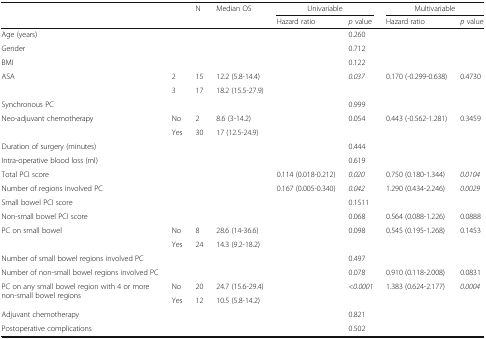
<table><thead><tr><td colspan="2" rowspan="2">[EMPTY_CELL]</td><td rowspan="2"><b>N</b></td><td rowspan="2"><b>Median OS</b></td><td colspan="2"><b>Univariable</b></td><td colspan="2"><b>Multivariable</b></td></tr><tr><td><b>Hazard ratio</b></td><td><b><i>p</i> value</b></td><td><b>Hazard ratio</b></td><td><b><i>p</i> value</b></td></tr></thead><tbody><tr><td>Age (years)</td><td>[EMPTY_CELL]</td><td>[EMPTY_CELL]</td><td>[EMPTY_CELL]</td><td>[EMPTY_CELL]</td><td>0.260</td><td>[EMPTY_CELL]</td><td>[EMPTY_CELL]</td></tr><tr><td>Gender</td><td>[EMPTY_CELL]</td><td>[EMPTY_CELL]</td><td>[EMPTY_CELL]</td><td>[EMPTY_CELL]</td><td>0.712</td><td>[EMPTY_CELL]</td><td>[EMPTY_CELL]</td></tr><tr><td>BMI</td><td>[EMPTY_CELL]</td><td>[EMPTY_CELL]</td><td>[EMPTY_CELL]</td><td>[EMPTY_CELL]</td><td>0.122</td><td>[EMPTY_CELL]</td><td>[EMPTY_CELL]</td></tr><tr><td rowspan="2">ASA</td><td>2</td><td>15</td><td>12.2 (5.8-14.4)</td><td rowspan="2">[EMPTY_CELL]</td><td rowspan="2"><i>0.037</i></td><td rowspan="2">0.170 (-0.299-0.638)</td><td rowspan="2">0.4730</td></tr><tr><td>3</td><td>17</td><td>18.2 (15.5-27.9)</td></tr><tr><td>Synchronous PC</td><td>[EMPTY_CELL]</td><td>[EMPTY_CELL]</td><td>[EMPTY_CELL]</td><td>[EMPTY_CELL]</td><td>0.999</td><td>[EMPTY_CELL]</td><td>[EMPTY_CELL]</td></tr><tr><td rowspan="2">Neo-adjuvant chemotherapy</td><td>No</td><td>2</td><td>8.6 (3-14.2)</td><td rowspan="2">[EMPTY_CELL]</td><td rowspan="2">0.054</td><td rowspan="2">0.443 (-0.562-1.281)</td><td rowspan="2">0.3459</td></tr><tr><td>Yes</td><td>30</td><td>17 (12.5-24.9)</td></tr><tr><td>Duration of surgery (minutes)</td><td>[EMPTY_CELL]</td><td>[EMPTY_CELL]</td><td>[EMPTY_CELL]</td><td>[EMPTY_CELL]</td><td>0.444</td><td>[EMPTY_CELL]</td><td>[EMPTY_CELL]</td></tr><tr><td>Intra-operative blood loss (ml)</td><td>[EMPTY_CELL]</td><td>[EMPTY_CELL]</td><td>[EMPTY_CELL]</td><td>[EMPTY_CELL]</td><td>0.619</td><td>[EMPTY_CELL]</td><td>[EMPTY_CELL]</td></tr><tr><td>Total PCI score</td><td>[EMPTY_CELL]</td><td>[EMPTY_CELL]</td><td>[EMPTY_CELL]</td><td>0.114 (0.018-0.212)</td><td><i>0.020</i></td><td>0.750 (0.180-1.344)</td><td><i>0.0104</i></td></tr><tr><td>Number of regions involved PC</td><td>[EMPTY_CELL]</td><td>[EMPTY_CELL]</td><td>[EMPTY_CELL]</td><td>0.167 (0.005-0.340)</td><td><i>0.042</i></td><td>1.290 (0.434-2.246)</td><td><i>0.0029</i></td></tr><tr><td>Small bowel PCI score</td><td>[EMPTY_CELL]</td><td>[EMPTY_CELL]</td><td>[EMPTY_CELL]</td><td>[EMPTY_CELL]</td><td>0.1511</td><td>[EMPTY_CELL]</td><td>[EMPTY_CELL]</td></tr><tr><td>Non-small bowel PCI score</td><td>[EMPTY_CELL]</td><td>[EMPTY_CELL]</td><td>[EMPTY_CELL]</td><td>[EMPTY_CELL]</td><td>0.068</td><td>0.564 (0.088-1.226)</td><td>0.0888</td></tr><tr><td rowspan="2">PC on small bowel</td><td>No</td><td>8</td><td>28.6 (14-36.6)</td><td rowspan="2">[EMPTY_CELL]</td><td rowspan="2">0.098</td><td rowspan="2">0.545 (0.195-1.268)</td><td rowspan="2">0.1453</td></tr><tr><td>Yes</td><td>24</td><td>14.3 (9.2-18.2)</td></tr><tr><td>Number of small bowel regions involved PC</td><td>[EMPTY_CELL]</td><td>[EMPTY_CELL]</td><td>[EMPTY_CELL]</td><td>[EMPTY_CELL]</td><td>0.497</td><td>[EMPTY_CELL]</td><td>[EMPTY_CELL]</td></tr><tr><td>Number of non-small bowel regions involved PC</td><td>[EMPTY_CELL]</td><td>[EMPTY_CELL]</td><td>[EMPTY_CELL]</td><td>[EMPTY_CELL]</td><td>0.078</td><td>0.910 (0.118-2.008)</td><td>0.0831</td></tr><tr><td rowspan="2">PC on any small bowel region with 4 or more non-small bowel regions</td><td>No</td><td>20</td><td>24.7 (15.6-29.4)</td><td rowspan="2">[EMPTY_CELL]</td><td rowspan="2"><i>&lt;0.0001</i></td><td rowspan="2">1.383 (0.624-2.177)</td><td rowspan="2"><i>0.0004</i></td></tr><tr><td>Yes</td><td>12</td><td>10.5 (5.8-14.2)</td></tr><tr><td>Adjuvant chemotherapy</td><td>[EMPTY_CELL]</td><td>[EMPTY_CELL]</td><td>[EMPTY_CELL]</td><td>[EMPTY_CELL]</td><td>0.821</td><td>[EMPTY_CELL]</td><td>[EMPTY_CELL]</td></tr><tr><td>Postoperative complications</td><td>[EMPTY_CELL]</td><td>[EMPTY_CELL]</td><td>[EMPTY_CELL]</td><td>[EMPTY_CELL]</td><td>0.502</td><td>[EMPTY_CELL]</td><td>[EMPTY_CELL]</td></tr></tbody></table>